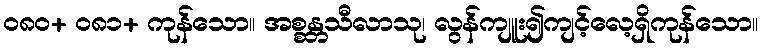
၀၈၀+ ၀၈၁+ ကုန်သော။ အစ္စန္တသီလာသု၊ လွန်ကျူး၍ကျင့်လေ့ရှိကုန်သော။